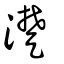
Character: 濋